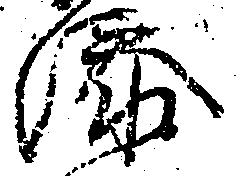
添